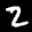
Label: 2